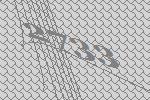
2733